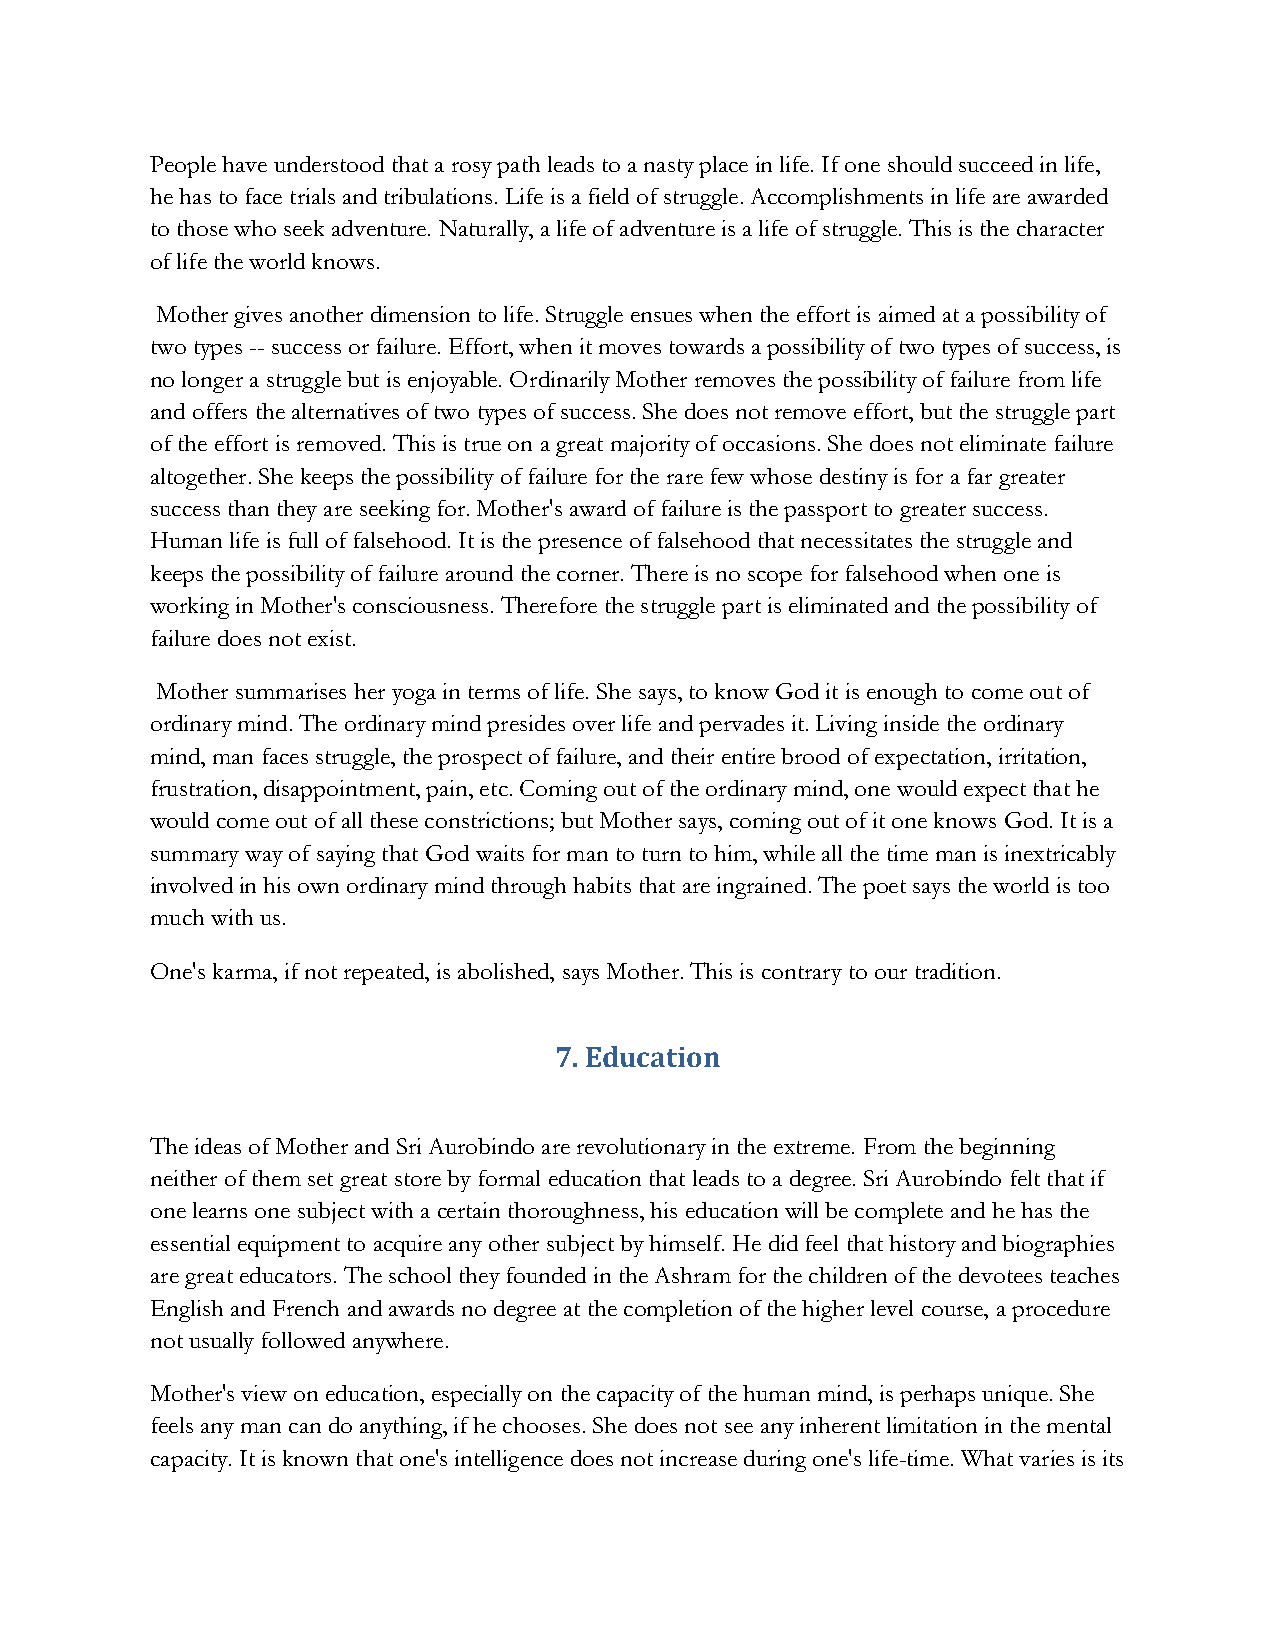
People have understood that a rosy path leads to a nasty place in life. If one should succeed in life,
 he has to face trials and tribulations. Life is a field of struggle. Accomplishments in life are awarded
 to those who seek adventure. Naturally, a life of adventure is a life of struggle. This is the character
 of life the world knows.
 Mother gives another dimension to life. Struggle ensues when the effort is aimed at a possibility of
 two types -- success or failure. Effort, when it moves towards a possibility of two types of success, is
 no longer a struggle but is enjoyable. Ordinarily Mother removes the possibility of failure from life
 and offers the alternatives of two types of success. She does not remove effort, but the struggle part
 of the effort is removed. This is true on a great majority of occasions. She does not eliminate failure
 altogether. She keeps the possibility of failure for the rare few whose destiny is for a far greater
 success than they are seeking for. Mother's award of failure is the passport to greater success.
 Human life is full of falsehood. It is the presence of falsehood that necessitates the struggle and
 keeps the possibility of failure around the corner. There is no scope for falsehood when one is
 working in Mother's consciousness. Therefore the struggle part is eliminated and the possibility of
 failure does not exist.
 Mother summarises her yoga in terms of life. She says, to know God it is enough to come out of
 ordinary mind. The ordinary mind presides over life and pervades it. Living inside the ordinary
 mind, man faces struggle, the prospect of failure, and their entire brood of expectation, irritation,
 frustration, disappointment, pain, etc. Coming out of the ordinary mind, one would expect that he
 would come out of all these constrictions; but Mother says, coming out of it one knows God. It is a
 summary way of saying that God waits for man to turn to him, while all the time man is inextricably
 involved in his own ordinary mind through habits that are ingrained. The poet says the world is too
 much with us.
 One's karma, if not repeated, is abolished, says Mother. This is contrary to our tradition.
 7. Education
 The ideas of Mother and Sri Aurobindo are revolutionary in the extreme. From the beginning
 neither of them set great store by formal education that leads to a degree. Sri Aurobindo felt that if
 one learns one subject with a certain thoroughness, his education will be complete and he has the
 essential equipment to acquire any other subject by himself. He did feel that history and biographies
 are great educators. The school they founded in the Ashram for the children of the devotees teaches
 English and French and awards no degree at the completion of the higher level course, a procedure
 not usually followed anywhere.
 Mother's view on education, especially on the capacity of the human mind, is perhaps unique. She
 feels any man can do anything, if he chooses. She does not see any inherent limitation in the mental
 capacity. It is known that one's intelligence does not increase during one's life-time. What varies is its